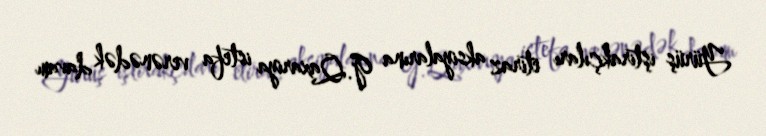
Yürüş iştirakçıları etiraz aksiyalarına G.Qaxariya istefa verənədək davam